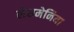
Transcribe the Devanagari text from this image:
लेशमेनिया